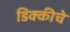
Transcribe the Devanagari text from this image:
डिक्कीचे